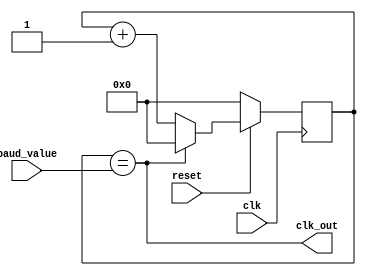
/*
	9600		5208 - 1
	38400		1302 - 1
	57600		868 - 1
	115200	434 - 1
*/
module baudrate_generator(
	input 		      reset,
	input 		      clk,
	input      [15:0] baud_value,
	output            clk_out
	);
	
	reg [15:0] 	counter;
	
	initial begin
		counter = 0;
	end
	
	always @( posedge clk ) begin
		if (!reset) begin
			counter <= 16'd0;
		end
		else if (clk_out) begin
			counter <= 16'd0;
		end
		else begin
			counter <= counter + 16'd1;
		end
	end
	
	assign clk_out = (counter == baud_value);
	
endmodule